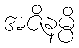
အဇိနမ္ပိ